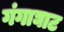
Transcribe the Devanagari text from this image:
गंगाघाट